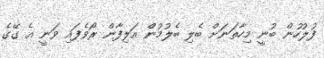
ފުލުހުން ބުނީ މިހާތަނަށް ބެލި ބެލުމުން އަލިފާން ރޯވެފައި ވަނީ އެ ގޭގެ